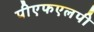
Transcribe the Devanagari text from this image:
पीएफएलपी